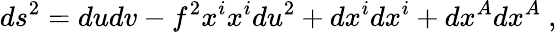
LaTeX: ds^{2}=dudv-f^{2}x^{i}x^{i}du^{2}+dx^{i}dx^{i}+dx^{A}dx^{A}~,